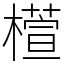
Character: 𣜯